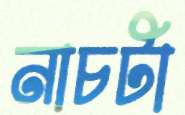
নাচটা